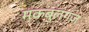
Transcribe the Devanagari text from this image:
मकबुलगंज